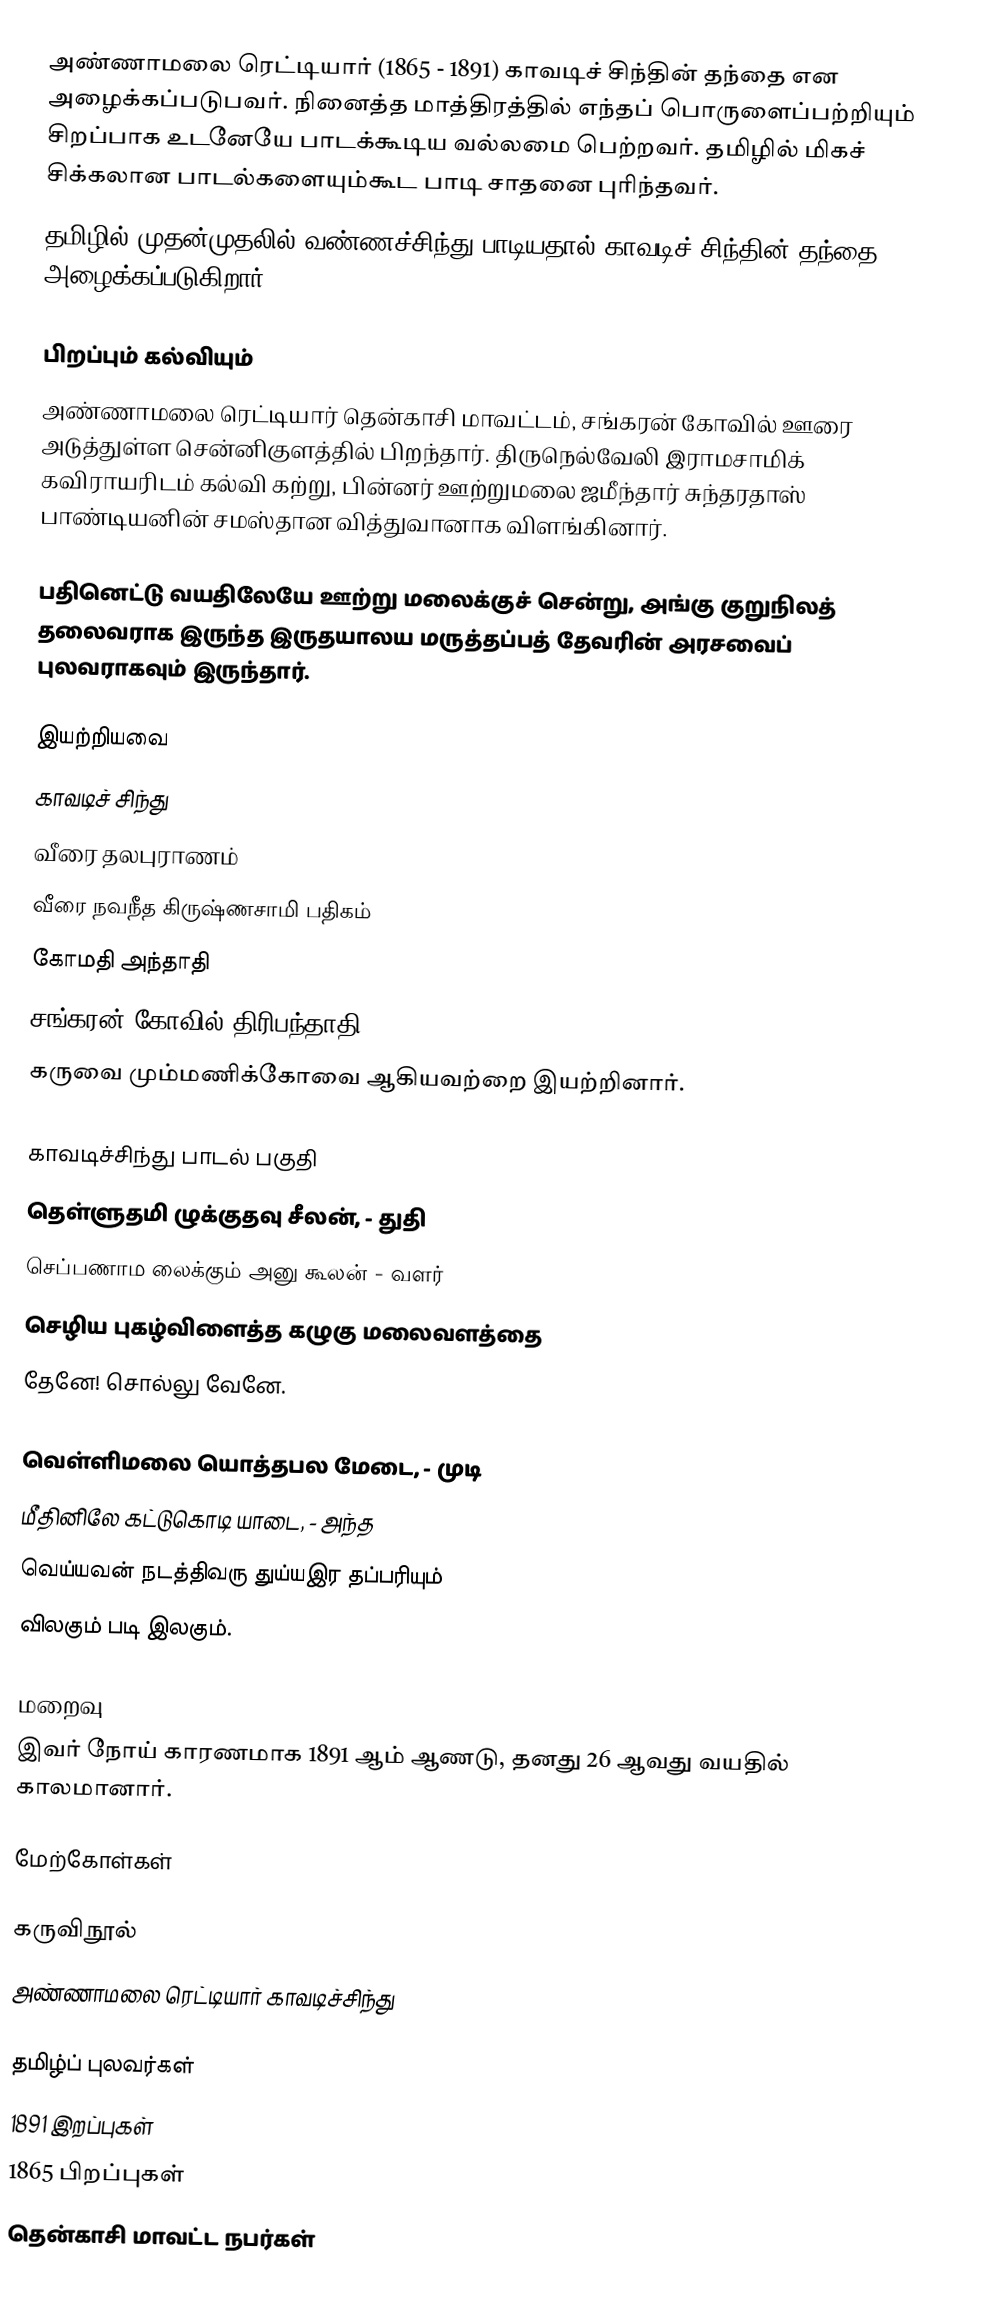
அண்ணாமலை ரெட்டியார் (1865 - 1891) காவடிச் சிந்தின் தந்தை என அழைக்கப்படுபவர். நினைத்த மாத்திரத்தில் எந்தப் பொருளைப்பற்றியும் சிறப்பாக உடனேயே பாடக்கூடிய வல்லமை பெற்றவர். தமிழில் மிகச் சிக்கலான பாடல்களையும்கூட பாடி சாதனை புரிந்தவர்.
தமிழில் முதன்முதலில் வண்ணச்சிந்து பாடியதால் காவடிச் சிந்தின் தந்தை அழைக்கப்படுகிறார்.

பிறப்பும் கல்வியும்
அண்ணாமலை ரெட்டியார் தென்காசி மாவட்டம், சங்கரன் கோவில்  ஊரை அடுத்துள்ள சென்னிகுளத்தில் பிறந்தார். திருநெல்வேலி இராமசாமிக் கவிராயரிடம் கல்வி கற்று, பின்னர் ஊற்றுமலை ஜமீந்தார் சுந்தரதாஸ் பாண்டியனின் சமஸ்தான வித்துவானாக விளங்கினார்.

பதினெட்டு வயதிலேயே ஊற்று மலைக்குச் சென்று, அங்கு குறுநிலத் தலைவராக இருந்த இருதயாலய மருத்தப்பத் தேவரின் அரசவைப் புலவராகவும் இருந்தார்.

இயற்றியவை
 காவடிச் சிந்து
 வீரை தலபுராணம்
 வீரை நவநீத கிருஷ்ணசாமி பதிகம்
 கோமதி அந்தாதி
 சங்கரன் கோவில் திரிபந்தாதி
 கருவை மும்மணிக்கோவை ஆகியவற்றை இயற்றினார்.

காவடிச்சிந்து பாடல் பகுதி
தெள்ளுதமி ழுக்குதவு சீலன், - துதி
செப்பணாம லைக்கும் அனு கூலன் - வளர்
செழிய புகழ்விளைத்த கழுகு மலைவளத்தை
தேனே! சொல்லு வேனே.

வெள்ளிமலை யொத்தபல மேடை, - முடி
மீதினிலே கட்டுகொடி யாடை, - அந்த
வெய்யவன் நடத்திவரு துய்யஇர தப்பரியும்
விலகும் படி இலகும்.

மறைவு
இவர் நோய் காரணமாக 1891 ஆம் ஆணடு, தனது 26 ஆவது வயதில் காலமானார்.

மேற்கோள்கள்

கருவிநூல்
 அண்ணாமலை ரெட்டியார் காவடிச்சிந்து

தமிழ்ப் புலவர்கள்
1891 இறப்புகள்
1865 பிறப்புகள்
தென்காசி மாவட்ட நபர்கள்